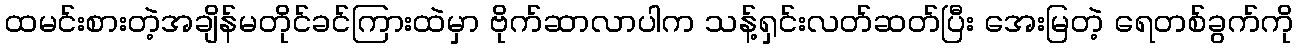
ထမင်းစားတဲ့အချိန်မတိုင်ခင်ကြားထဲမှာ ဗိုက်ဆာလာပါက သန့်ရှင်းလတ်ဆတ်ပြီး အေးမြတဲ့ ရေတစ်ခွက်ကို